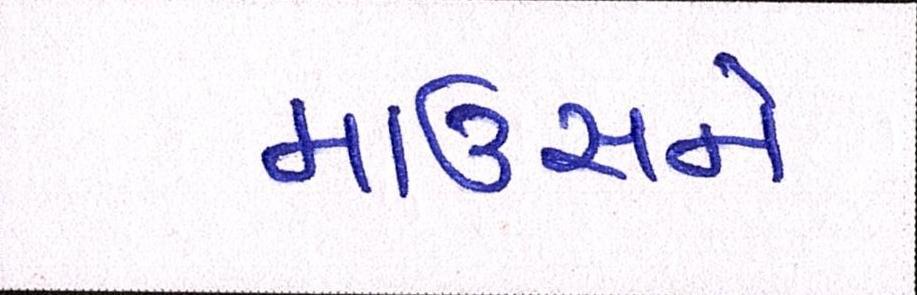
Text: માઉસને